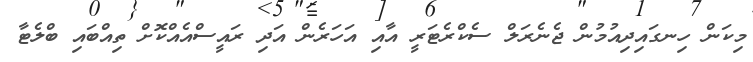
މިކަން ހިނގައިދިއުމުން ޖެނެރަލް ސެކްރެޓަރީ އާއި އަހަރެން އަދި ރައީސްއެއްކޮށް ތިއްބައި ބްލެޓާ